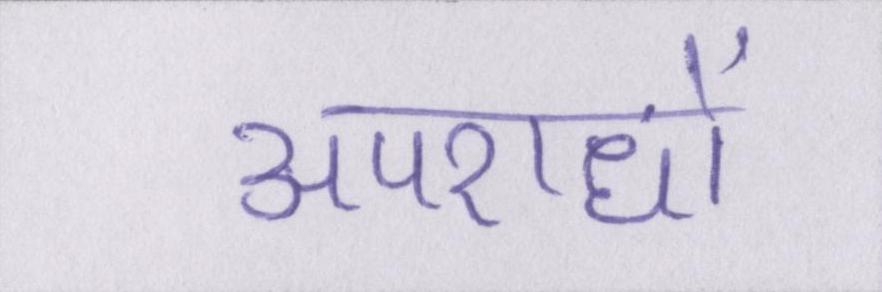
अपराधों